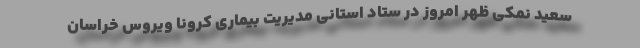
سعید نمکی ظهر امروز در ستاد استانی مدیریت بیماری کرونا ویروس خراسان